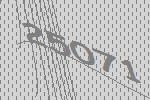
25071